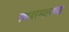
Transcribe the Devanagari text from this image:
नद्यांदरम्यानच्या